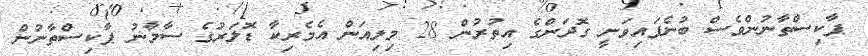
ޕާކިސްތާނުންވެސް ބުނެފައިވަނީ ގޮދަންގެ އިތުރުން 28 މިލިއަން އެމެރިކާ ޑޮލަރުގެ ސާމާނު ޕާކިސްތާނުން